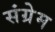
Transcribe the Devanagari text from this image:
संग्रेम